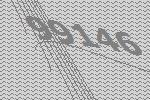
99146